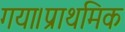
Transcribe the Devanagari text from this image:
गया।प्राथमिक